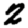
Digit: 2